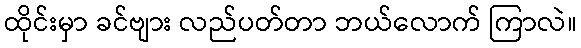
ထိုင်းမှာ ခင်ဗျား လည်ပတ်တာ ဘယ်လောက် ကြာလဲ။